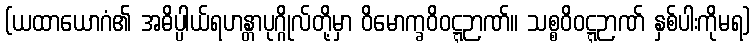
(ယထာယောဂံ၏ အဓိပ္ပါယ်ရဟန္တာပုဂ္ဂိုလ်တို့မှာ ဝိမောက္ခဝိဝဋ္ဋဉာဏ်။ သစ္စဝိဝဋ္ဋဉာဏ် နှစ်ပါးကိုမရ)